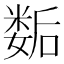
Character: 𡢐